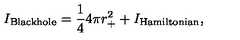
I _ { \mathrm { \tiny B l a c k h o l e } } = \frac { 1 } { 4 } 4 \pi r _ { + } ^ { 2 } + I _ { \mathrm { \tiny H a m i l t o n i a n } } ,